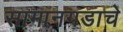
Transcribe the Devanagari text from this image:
सामानगडाचे